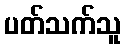
ပတ်သက်သူ